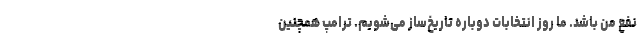
نفع من باشد. ما روز انتخابات دوباره تاریخ‌ساز می‌شویم. ترامپ همچنین